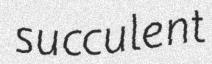
succulent